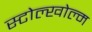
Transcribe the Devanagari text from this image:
स्टोल्खोल्म